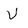
Character: V